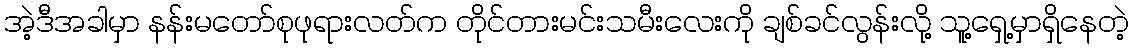
အဲ့ဒီအခါမှာ နန်းမတော်စုဖုရားလတ်က တိုင်တားမင်းသမီးလေးကို ချစ်ခင်လွန်းလို့ သူ့ရှေ့မှာရှိနေတဲ့